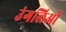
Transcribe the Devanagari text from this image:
उंगलिओं